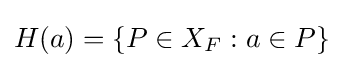
H(a)=\{P\in X_{F}:a\in P\}